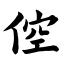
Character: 倥